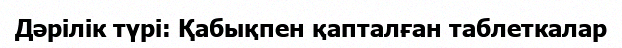
Дәрілік түрі: Қабықпен қапталған таблеткалар